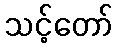
သင့်တော်